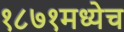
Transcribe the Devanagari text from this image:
१८७१मध्येच